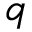
q